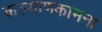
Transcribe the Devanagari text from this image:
कल्याणकामना